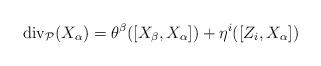
LaTeX: \begin{align*}\mathrm{div}_{\mathcal{P}}(X_\alpha) = \theta^\beta([X_\beta,X_\alpha]) + \eta^i([Z_i,X_\alpha])\end{align*}